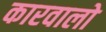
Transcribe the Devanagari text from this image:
कारवालो